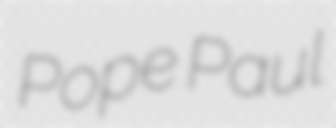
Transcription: Pope Paul